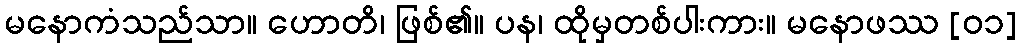
မနောကံသည်သာ။ ဟောတိ၊ ဖြစ်၏။ ပန၊ ထိုမှတစ်ပါးကား။ မနောဖဿ [၀၁]